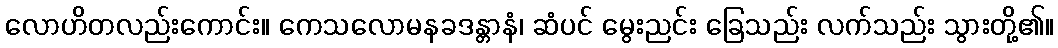
လောဟိတလည်းကောင်း။ ကေသလောမနခဒန္တာနံ၊ ဆံပင် မွေးညင်း ခြေသည်း လက်သည်း သွားတို့၏။